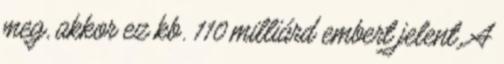
meg, akkor ez kb. 110 milliárd embert jelent. A